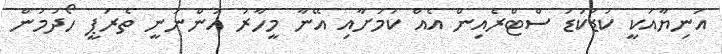
އަނިޔާއަކީ ކުޑަކުޑަ ސްޓްރެއިން އެއް ކަމަށާއި އޭނާ މީހާރު އަންނަނީ ތެރަޕީ ހޯދަމުން